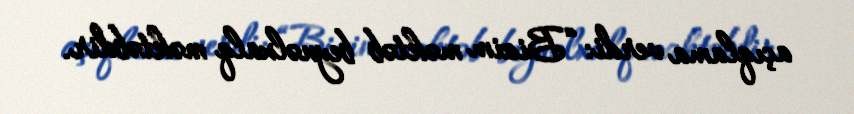
açıqlama verdi: “Bizim məktəb beynəlxalq məktəbdir.